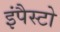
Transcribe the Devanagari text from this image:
इंपैस्टो